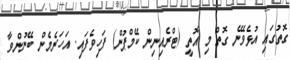
ގޮތުގައި އުޅެވޭނެ ގޮތް މި އޮތީ (ޓްރެއިނިން ކޭމްޕުން) ފަހިވެފައި. އަހަރެމެން ބޭނުންވާ